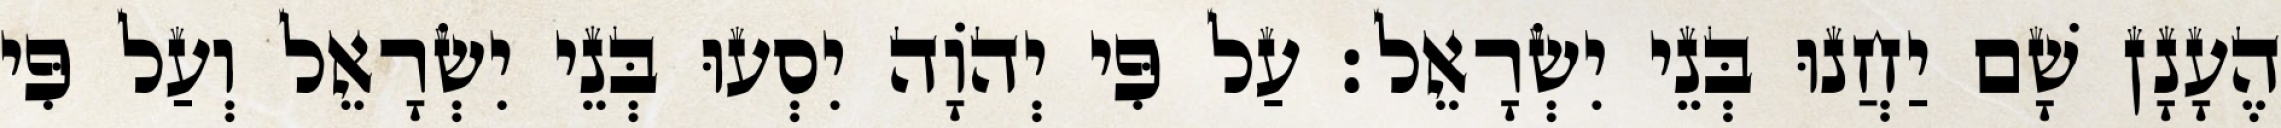
הֶעָנָן שָׁם יַחֲנוּ בְּנֵי יִשְׂרָאֵל׃ עַל פִּי יְהֹוָה יִסְעוּ בְּנֵי יִשְׂרָאֵל וְעַל פִּי